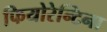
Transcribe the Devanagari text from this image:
फियोरेन्टिना